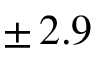
\pm \, 2 . 9